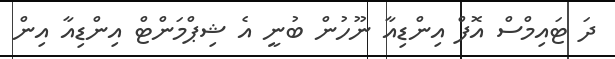
ދަ ޓައިމްސް އޮފް އިންޑިއާ ނޫހުން ބުނީ އެ ޝިޕްމަންޓް އިންޑިއާ އިން